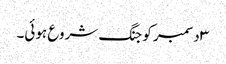
۳ دسمبر کو جنگ شروع ہوئی۔